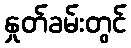
နှုတ်ခမ်းတွင်